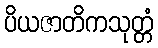
ပိယဇာတိကသုတ္တံ